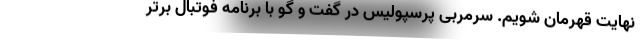
نهایت قهرمان شویم. سرمربی پرسپولیس در گفت و گو با برنامه فوتبال برتر